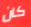
كان